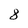
Character: 8